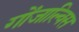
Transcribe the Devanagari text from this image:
गोंजाल्विस